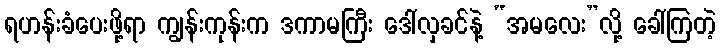
ရဟန်းခံပေးဖို့ရာ ကျွန်းကုန်းက ဒကာမကြီး ဒေါ်လှခင်နဲ့ “အမလေး”လို့ ခေါ်ကြတဲ့